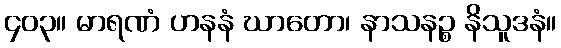
၄၀၃။ မာရဏံ ဟနနံ ဃာတော၊ နာသနဉ္စ နိသူဒနံ။